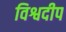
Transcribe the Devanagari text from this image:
विश्वदीप